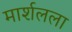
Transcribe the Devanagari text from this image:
मार्शलला